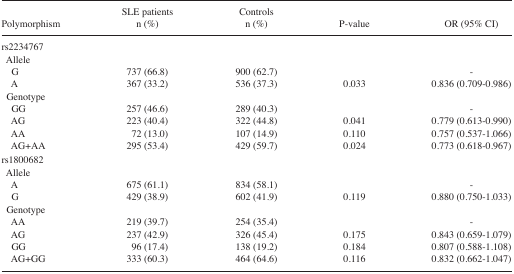
| Polymorphism | SLE patients n (%) | Controls n (%) | P-value | OR (95% CI) |
 | --- | --- | --- | --- | --- |
 | rs2234767 |  |  |  |  |
 | Allele |  |  |  |  |
 | G | 737 (66.8) | 900 (62.7) |  | - |
 | A | 367 (33.2) | 536 (37.3) | 0.033 | 0.836 (0.709–0.986) |
 | Genotype |  |  |  |  |
 | GG | 257 (46.6) | 289 (40.3) |  | - |
 | AG | 223 (40.4) | 322 (44.8) | 0.041 | 0.779 (0.613–0.990) |
 | AA | 72 (13.0) | 107 (14.9) | 0.110 | 0.757 (0.537–1.066) |
 | AG+AA | 295 (53.4) | 429 (59.7) | 0.024 | 0.773 (0.618–0.967) |
 | rs1800682 |  |  |  |  |
 | Allele |  |  |  |  |
 | A | 675 (61.1) | 834 (58.1) |  | - |
 | G | 429 (38.9) | 602 (41.9) | 0.119 | 0.880 (0.750–1.033) |
 | Genotype |  |  |  |  |
 | AA | 219 (39.7) | 254 (35.4) |  | - |
 | AG | 237 (42.9) | 326 (45.4) | 0.175 | 0.843 (0.659–1.079) |
 | GG | 96 (17.4) | 138 (19.2) | 0.184 | 0.807 (0.588–1.108) |
 | AG+GG | 333 (60.3) | 464 (64.6) | 0.116 | 0.832 (0.662–1.047) |